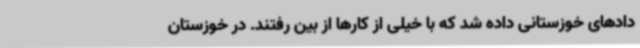
دادهای خوزستانی داده شد که با خیلی از کارها از بین رفتند. در خوزستان